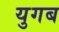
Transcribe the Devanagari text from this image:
युगब